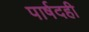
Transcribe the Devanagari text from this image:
पार्षदही